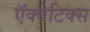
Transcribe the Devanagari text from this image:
ऍक्वेटिक्स